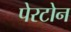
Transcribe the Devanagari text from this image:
पेरटोन